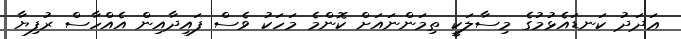
ޢަދަދު ކަނޑައެޅުމުގެ މިސާލަކީ ތިމަންނައަށް ކޮންމެ މަހަކު ވެސް ފައިދާއިން އެއްހާސް ރުފިޔާ